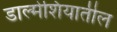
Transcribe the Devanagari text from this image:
डाल्मेशियातील